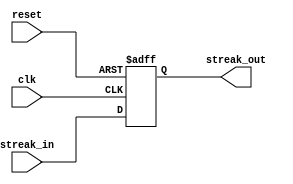
module StreakCounter(
  input wire clk,
  input wire reset,
  input wire [31:0] streak_in,
  output reg [31:0] streak_out
);

  reg [31:0] streak;

  always @(posedge clk or posedge reset) begin
    if (reset) begin
      streak <= 32'b0;
    end else begin
      streak <= streak_in; // Use non-blocking assignment to update streak
    end
  end

  always @(*) begin
    streak_out = streak;
  end

endmodule